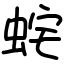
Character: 䖳